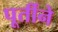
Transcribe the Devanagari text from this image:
पूर्तीने